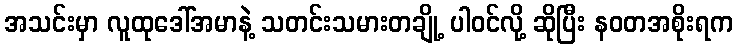
အသင်းမှာ လူထုဒေါ်အမာနဲ့ သတင်းသမားတချို့ ပါဝင်လို့ ဆိုပြီး နဝတအစိုးရက